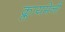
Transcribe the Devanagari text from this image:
क्लायमेनी